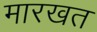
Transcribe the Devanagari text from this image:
मारखत